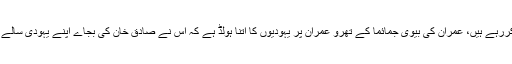
ہاں یہودی بہت چالاک ہیں اور اپنی چالاکی سے دنیا پر حکمرانی کررہے ہیں، عمران کی بیوی جمائما کے تھرو عمران پر یہودیوں کا اتنا ہولڈ ہے کہ اس نے صادق خان کی بجاے اپنے یہودی سالے کو جتوانے کیلئے باقاعدہ لندن میں کمپین چلای تھی کیا خیال ہے ؟